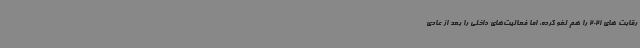
رقابت های 2021 را هم لغو کرده، اما فعالیت‌های داخلی را بعد از عادی